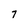
Character: 7